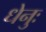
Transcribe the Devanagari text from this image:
धेनुः